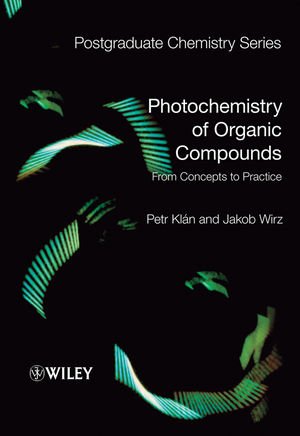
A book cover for Photochemistry of Organic Compounds: From Concepts to Practice; Petr KlÃ¡n; Science & Math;